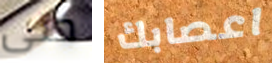
حتى اعصابك